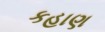
કહાણ